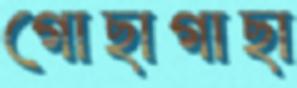
গোছাগাছা